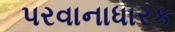
પરવાનાધારક